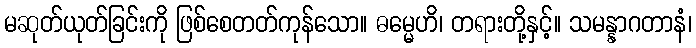
မဆုတ်ယုတ်ခြင်းကို ဖြစ်စေတတ်ကုန်သော။ ဓမ္မေဟိ၊ တရားတို့နှင့်။ သမန္နာဂတာနံ၊